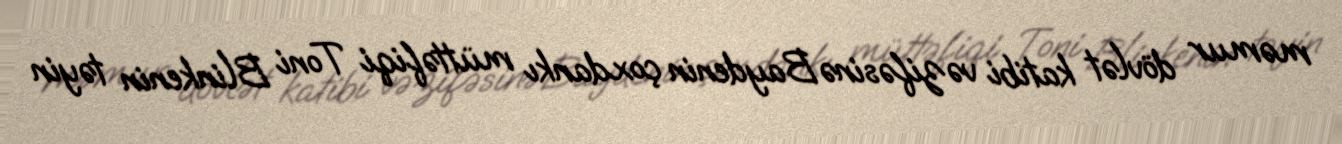
məmur dövlət katibi vəzifəsinə Baydenin çoxdankı müttəfiqi Toni Blinkenin təyin